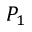
P _ { 1 }